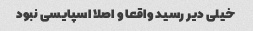
خیلی دیر رسید واقعا و اصلا اسپایسی نبود